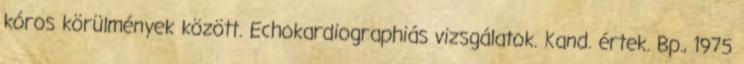
kóros körülmények között. Echokardiographiás vizsgálatok. Kand. értek. Bp., 1975